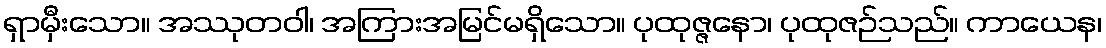
ရှာမှီးသော။ အဿုတဝါ၊ အကြားအမြင်မရှိသော။ ပုထုဇ္ဇနော၊ ပုထုဇဉ်သည်။ ကာယေန၊